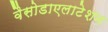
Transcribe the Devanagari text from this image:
वैसोडाएलाटेशन